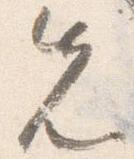
先